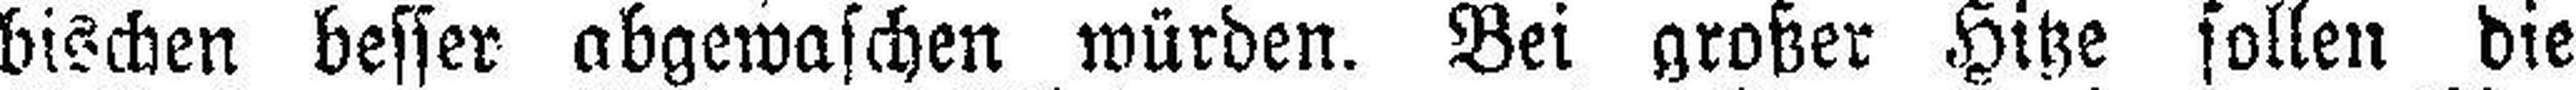
bischen besser abgewaschen würden. Bei großer Hitze sollen die